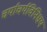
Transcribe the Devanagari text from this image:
चर्याचर्यविनिश्चय